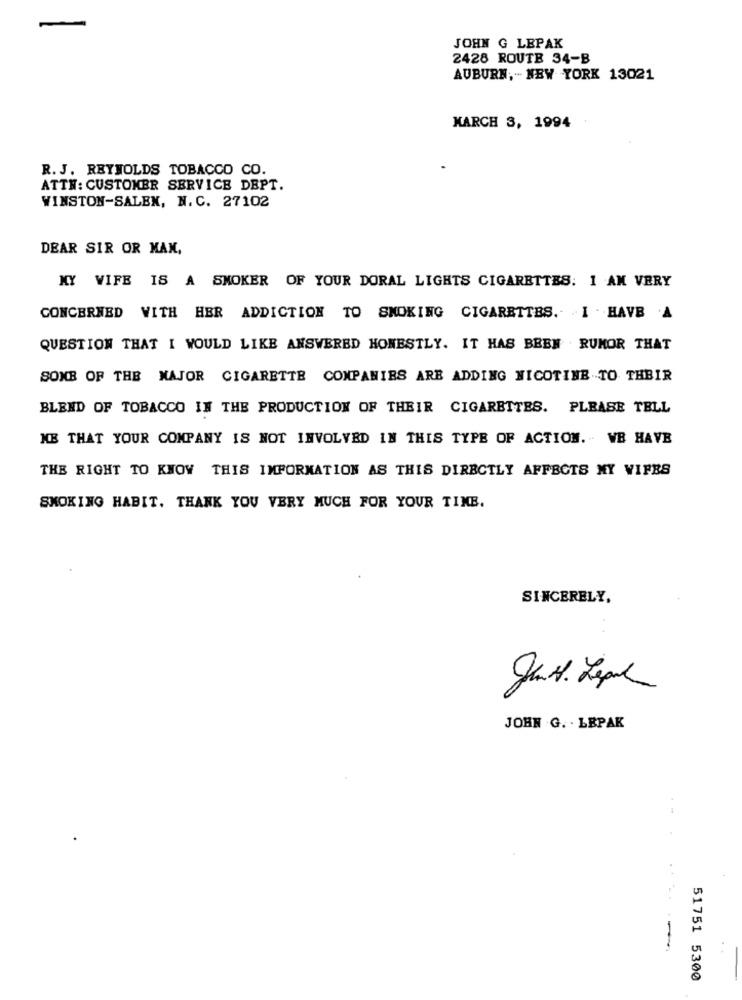
JOHN G LEPAK
2428 ROUTE 34-B
AUBURN ,- NEW YORK 13021
MARCH 3, 1994
R. J. REYNOLDS TOBACCO CO.
ATTN: CUSTOMER SERVICE DEPT.
WINSTON-SALEM, N.C. 27102
DEAR SIR OR MAN,
MY WIFE IS A SMOKER OF YOUR DORAL LIGHTS CIGARETTES: 1 AM VERY
CONCERNED WITH HER ADDICTION TO SMOKING CIGARETTES. I . HAVE A
QUESTION THAT I WOULD LIKE ANSWERED HONESTLY. IT HAS BEEN . RUMOR THAT
SOME OF THE MAJOR CIGARETTE COMPANIES ARE ADDING NICOTINE TO THBIR
BLEND OF TOBACCO IN THE PRODUCTION OF THEIR CIGARETTES. PLEASE TELL
ME THAT YOUR COMPANY IS NOT INVOLVED IN THIS TYPE OF ACTION. VB HAVE
THE RIGHT TO KNOW THIS INFORMATION AS THIS DIRECTLY AFFECTS MY WIFES
SMOKING HABIT. THANK YOU VERY MUCH FOR YOUR TIME.
SINCERELY,
Jar. Lepil
JOHN .G. . LEPAK
---
51751 5300